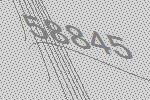
58845